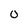
Character: o